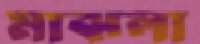
মাঝলা